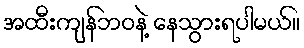
အထီးကျန်ဘဝနဲ့ နေသွားရပါမယ်။